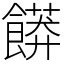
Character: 𲋟